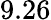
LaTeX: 9.26